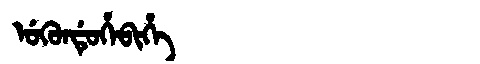
Manchu: ᡠᡴᡠᠨᡩᡠᡥᡝᠪᡳᡥᡝ
Romanization: UKUNDUHEBIHE